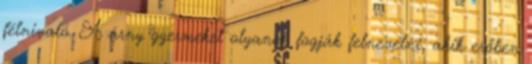
félnivaló. A árny gyermeket olyanok fogják felnevelni, akik erőben